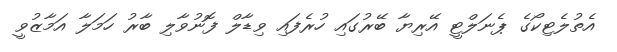
އެތުލެޓިކޯގެ ޕެނަލްޓީ އޭރިޔާ ބޭރުގައި ހުރެފައި ވިޑާލް ފޮނުވާލި ބާރު ހަމަލާ އަމާޒުވީ